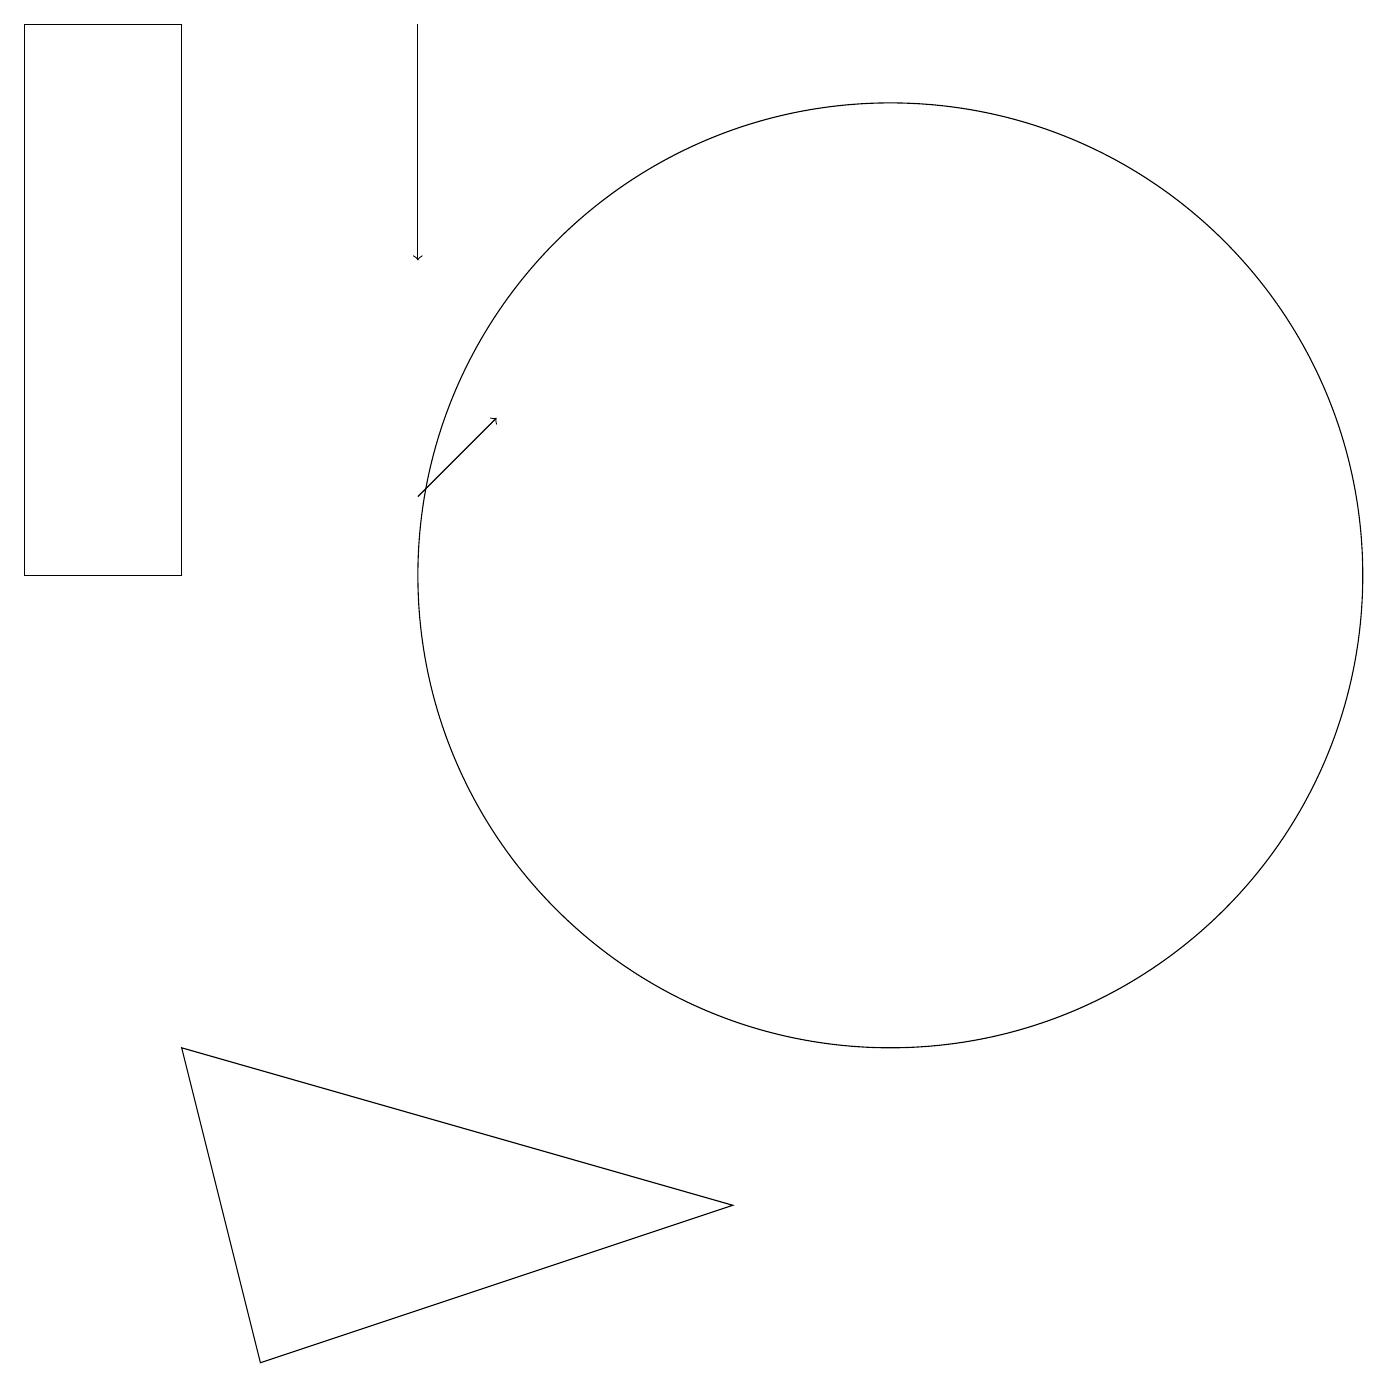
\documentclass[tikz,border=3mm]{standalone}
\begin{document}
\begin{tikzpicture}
\draw (2,5) -- (9,3) -- (3,1) -- cycle;
\draw[->] (5,12) -- (6,13);
\draw (11,11) circle (6);
\draw (0,18) rectangle (2,11);
\draw[->] (5,18) -- (5,15);
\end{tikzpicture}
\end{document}